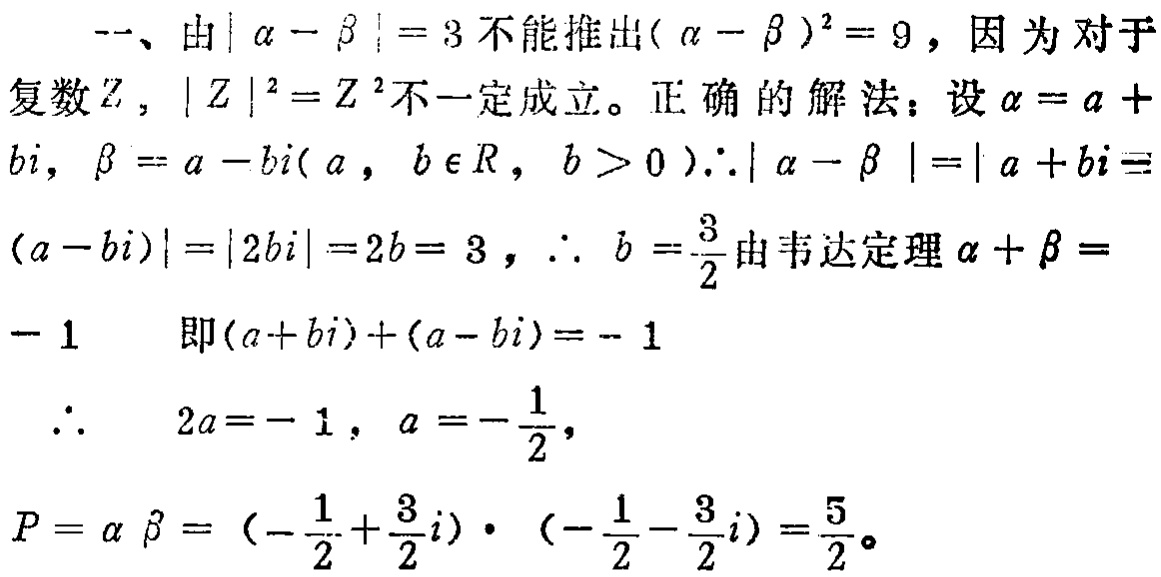
一、由\(\vert\alpha - \beta\vert = 3\)不能推出\((\alpha - \beta)^2 = 9\)，因为对于
复数\(Z\)，\(\vert Z\vert^2 = Z^2\)不一定成立。正确的解法：设\(\alpha = a +
bi\)，\(\beta = a - bi(a,b\in R,b > 0)\).\(\therefore\vert\alpha - \beta\vert=\vert a + bi -
(a - bi)\vert=\vert 2bi\vert = 2b = 3\)，\(\therefore b = \frac{3}{2}\)由韦达定理\(\alpha + \beta =\)
\(-1\) 即\((a + bi)+(a - bi)= - 1\)
\(\therefore\) \(2a = - 1\)，\(a = -\frac{1}{2}\)，
\(P = \alpha\beta = (-\frac{1}{2}+\frac{3}{2}i)\cdot(-\frac{1}{2}-\frac{3}{2}i)=\frac{5}{2}\)。